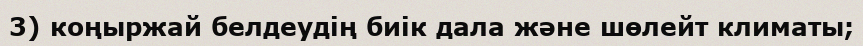
3) коңыржай белдеудің биік дала және шөлейт климаты;